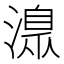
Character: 𣾄